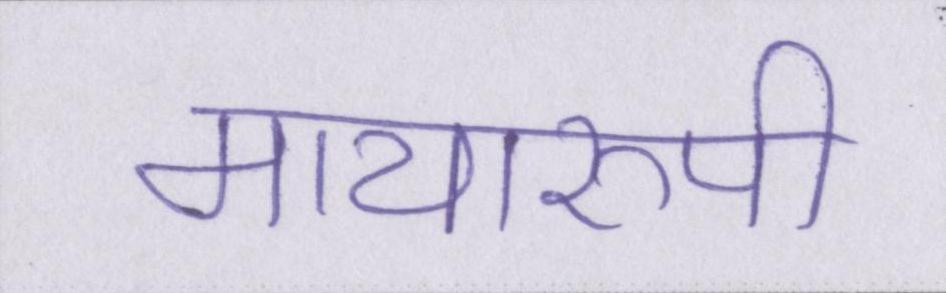
मायारुपी